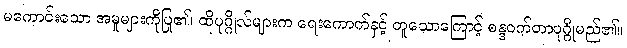
မကောင်းသော အမှုများကိုပြု၏၊ ထိုပုဂ္ဂိုလ်များက ရေးကောက်နှင့် တူသောကြောင့် စန္ဒဝက်တာပုဂ္ဂိုမည်၏။